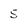
Character: S